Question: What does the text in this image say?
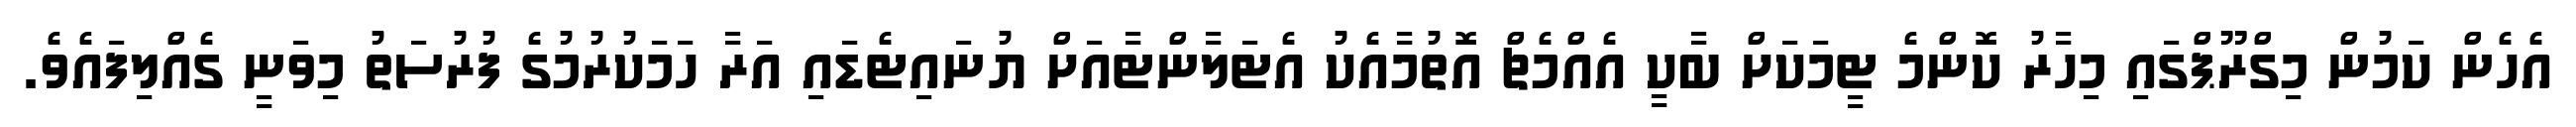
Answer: އެހެން ކަމުން މިގްރޫޕްގައި މިހާރު ކޮންމެ ޓީމަކަށް ބާކީ އެއްމެޗް އޮތުމާއެކު އެޓަލާންޓާއަށް ޔުނައިޓެޑައި އަރާ ހަމަކުރުމުގެ ފުރުސަތު މިވަނީ ގެއްލިފައެވެ.